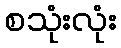
စသုံးလုံး